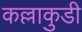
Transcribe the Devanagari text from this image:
कल्लाकुडी